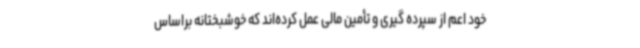
خود اعم از سپرده گیری و تأمین مالی عمل کرده‌اند که خوشبختانه براساس